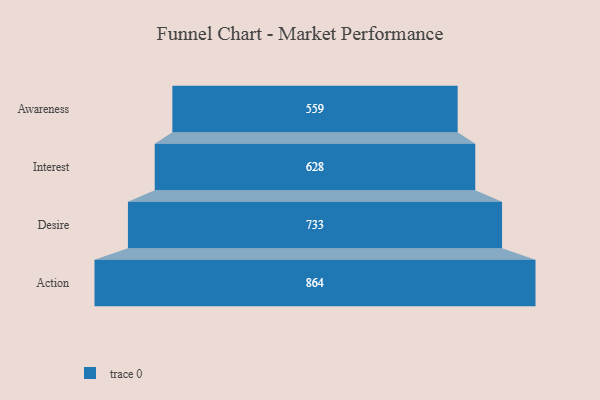
{"axis": {"x": "Stage", "y": "Value"}, "legend": [""], "data": [{"x": "Awareness", "y": 559.0, "type": ""}, {"x": "Interest", "y": 628.0, "type": ""}, {"x": "Desire", "y": 733.0, "type": ""}, {"x": "Action", "y": 864.0, "type": ""}]}